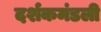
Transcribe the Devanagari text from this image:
दर्शकमंडली